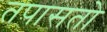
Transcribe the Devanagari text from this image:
तपासतो